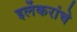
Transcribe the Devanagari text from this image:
इर्लेकरांचे